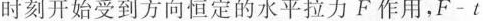
时刻开始受到方向恒定的水平拉力F的作用，F-t